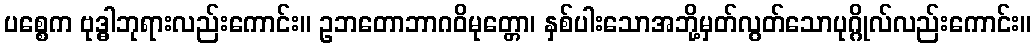
ပစ္စေက ဗုဒ္ဓါဘုရားလည်းကောင်း။ ဥဘတောဘာဂဝိမုတ္တော၊ နှစ်ပါးသောအဘို့မှတ်လွတ်သောပုဂ္ဂိုလ်လည်းကောင်း။